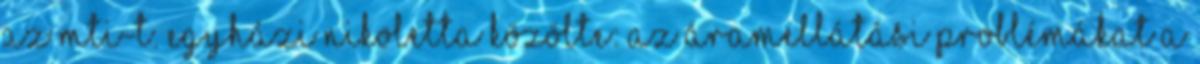
az MTI-t. Egyházi Nikoletta közölte: az áramellátási problémákat a